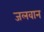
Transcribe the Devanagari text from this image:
जलवान